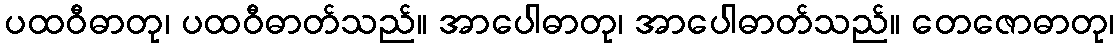
ပထဝီဓာတု၊ ပထဝီဓာတ်သည်။ အာပေါဓာတု၊ အာပေါဓာတ်သည်။ တေဇောဓာတု၊